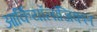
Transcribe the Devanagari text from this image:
आर्कियॉलॉजिकल